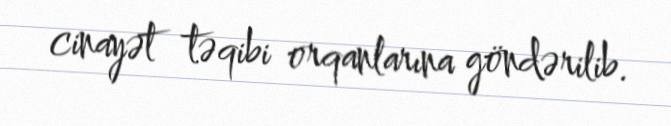
cinayət təqibi orqanlarına göndərilib.